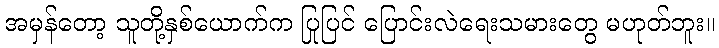
အမှန်တော့ သူတို့နှစ်ယောက်က ပြုပြင် ပြောင်းလဲရေးသမားတွေ မဟုတ်ဘူး။